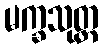
မက္ခသုတ္တ